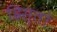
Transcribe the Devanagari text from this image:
ह्रिस्तो